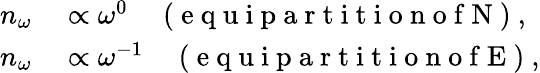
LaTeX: \begin{array}{r}{\begin{array}{rl}{n_{\omega}}&{{}\propto\omega^{0}\quad\mathrm{~(~e~q~u~i~p~a~r~t~i~t~i~o~n~o~f~N~)~},}\\ {n_{\omega}}&{{}\propto\omega^{-1}\quad\mathrm{~(~e~q~u~i~p~a~r~t~i~t~i~o~n~o~f~E~)~},}\end{array}}\end{array}